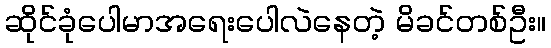
ဆိုင်ခုံပေါမာအရေးပေါလဲနေတဲ့ မိခင်တစ်ဦး။